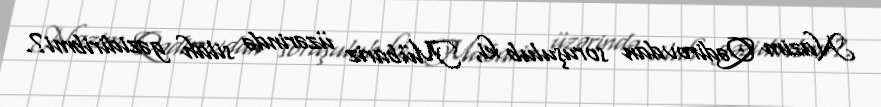
Nazim Qədirovdan soruşulub ki, Mübariz üzərində silah gəzidiribmi?.